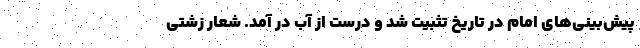
پیش‌بینی‌های امام در تاریخ تثبیت شد و درست از آب در آمد. شعار زشتی